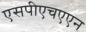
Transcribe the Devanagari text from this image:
एसपीएचएएन